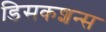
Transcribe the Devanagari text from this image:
डिसकशन्स